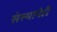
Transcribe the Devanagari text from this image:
संस्थानेही